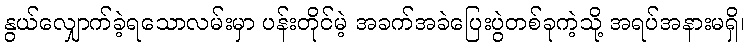
နွယ်လျှောက်ခဲ့ရသောလမ်းမှာ ပန်းတိုင်မဲ့ အခက်အခဲပြေးပွဲတစ်ခုကဲ့သို့ အရပ်အနားမရှိ၊